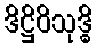
ဒိဋ္ဌိဝိသုဒ္ဓိ